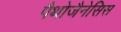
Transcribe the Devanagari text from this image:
पैथोजैनेसिस